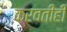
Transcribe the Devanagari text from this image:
करवतीही